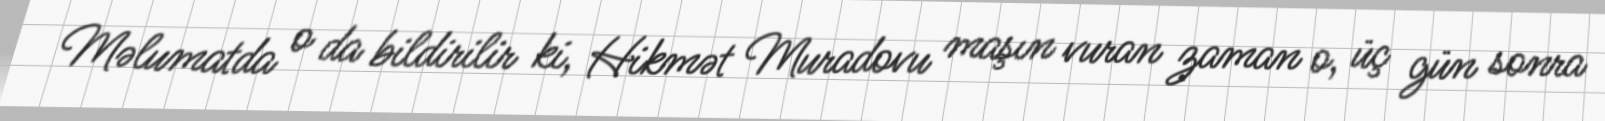
Məlumatda o da bildirilir ki, Hikmət Muradovu maşın vuran zaman o, üç gün sonra